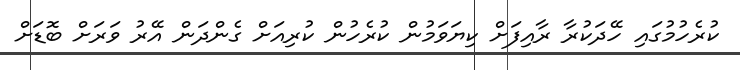
ކުރެހުމުގައި ހޭދަކުރާ ރާއިފަށް ކިޔަވަމުން ކުރެހުން ކުރިއަށް ގެންދަން އޭރު ވަރަށް ބޮޑަށް